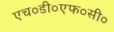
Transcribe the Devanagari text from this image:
एच०डी०एफ०सी०